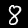
Label: 8